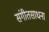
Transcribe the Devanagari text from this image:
संगीतसाधना